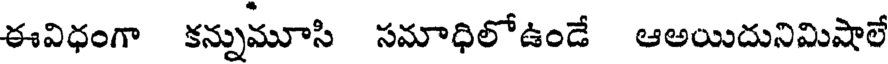
ఈవిధంగా కన్నుమూసి సమాధిలోఉండే ఆఅయిదునిమిషాలే